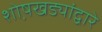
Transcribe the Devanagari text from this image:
शो़षखड्यांद्वारे